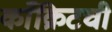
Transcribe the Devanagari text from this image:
काँक्रिटची